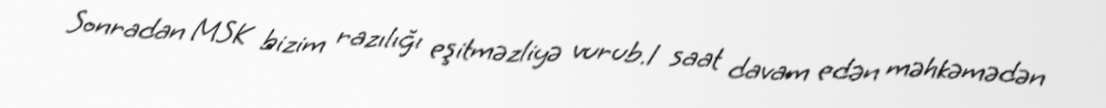
Sonradan MSK bizim razılığı eşitməzliyə vurub.1 saat davam edən məhkəmədən